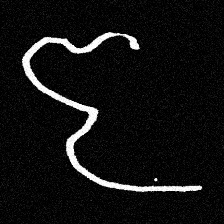
Pyu character \u2014 Myanmar letter: ဇ (romanized: ja)